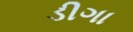
ડીગા